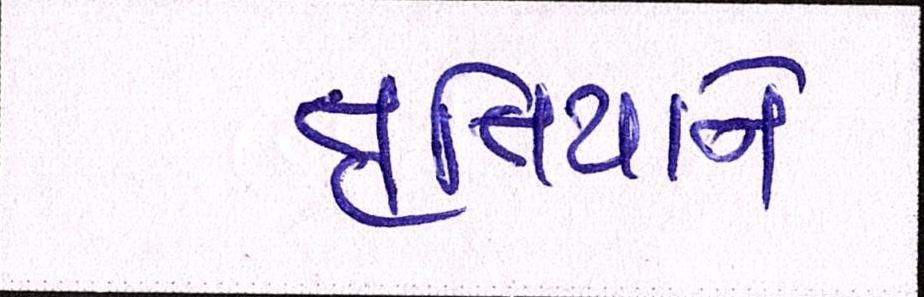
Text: તૃતિયાને